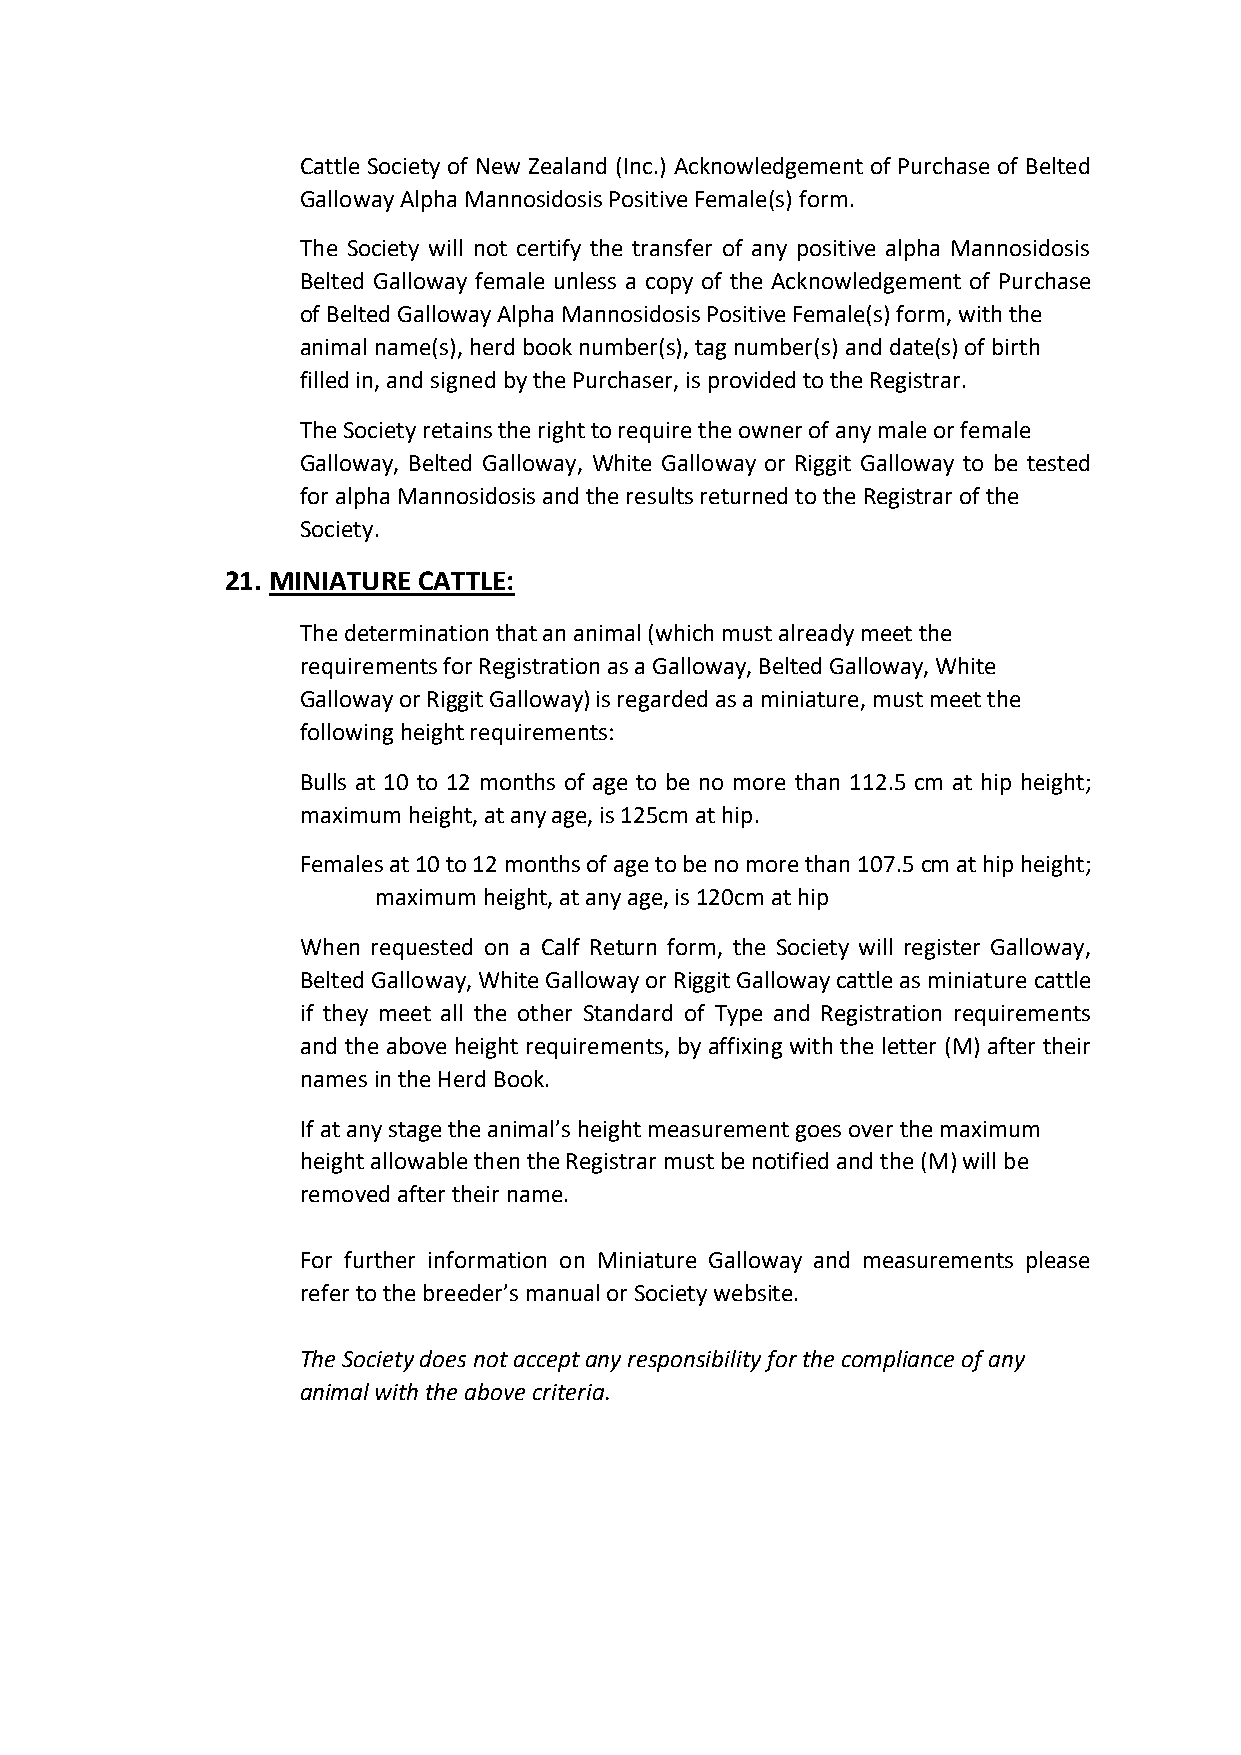
Cattle Society of New Zealand (Inc.) Acknowledgement of Purchase of Belted
 Galloway Alpha Mannosidosis Positive Female(s) form.
 The Society will not certify the transfer of any positive alpha Mannosidosis
 Belted Galloway female unless a copy of the Acknowledgement of Purchase
 of Belted Galloway Alpha Mannosidosis Positive Female(s) form, with the
 animal name(s), herd book number(s), tag number(s) and date(s) of birth
 filled in, and signed by the Purchaser, is provided to the Registrar.
 The Society retains the right to require the owner of any male or female
 Galloway, Belted Galloway, White Galloway or Riggit Galloway to be tested
 for alpha Mannosidosis and the results returned to the Registrar of the
 Society.
 21. MINIATURE CATTLE:
 The determination that an animal (which must already meet the
 requirements for Registration as a Galloway, Belted Galloway, White
 Galloway or Riggit Galloway) is regarded as a miniature, must meet the
 following height requirements:
 Bulls at 10 to 12 months of age to be no more than 112.5 cm at hip height;
 maximum height, at any age, is 125cm at hip.
 Females at 10 to 12 months of age to be no more than 107.5 cm at hip height;
 maximum height, at any age, is 120cm at hip
 When requested on a Calf Return form, the Society will register Galloway,
 Belted Galloway, White Galloway or Riggit Galloway cattle as miniature cattle
 if they meet all the other Standard of Type and Registration requirements
 and the above height requirements, by affixing with the letter (M) after their
 names in the Herd Book.
 If at any stage the animal’s height measurement goes over the maximum
 height allowable then the Registrar must be notified and the (M) will be
 removed after their name.
 For further information on Miniature Galloway and measurements please
 refer to the breeder’s manual or Society website.
 The Society does not accept any responsibility for the compliance of any
 animal with the above criteria.